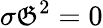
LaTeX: \sigma{\mathfrak{G}}^{2}=0